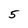
Character: 5